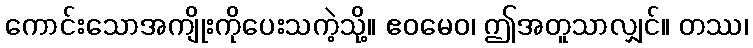
ကောင်းသောအကျိုးကိုပေးသကဲ့သို့။ ဧဝမေဝ၊ ဤအတူသာလျှင်။ တဿ၊